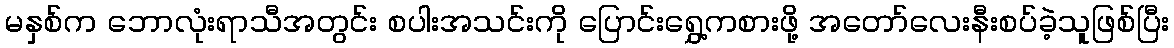
မနှစ်က ဘောလုံးရာသီအတွင်း စပါးအသင်းကို ပြောင်းရွှေ့ကစားဖို့ အတော်လေးနီးစပ်ခဲ့သူဖြစ်ပြီး